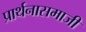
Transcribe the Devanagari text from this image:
प्रार्थनासमाजी